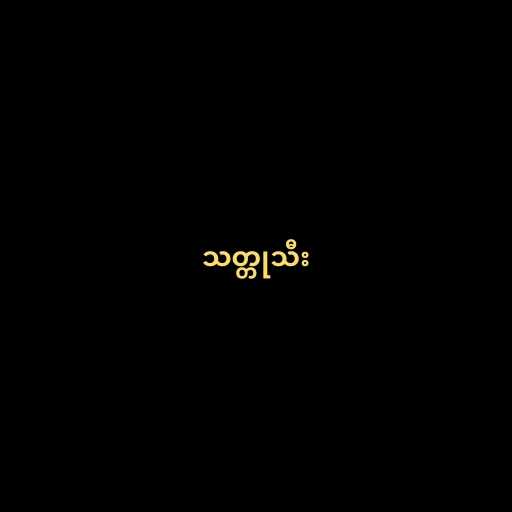
သတ္တုသီး